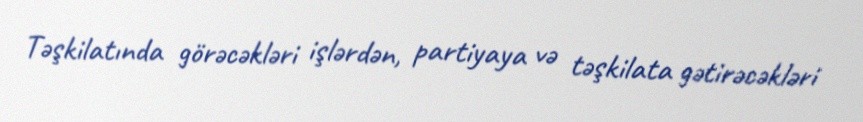
Təşkilatında görəcəkləri işlərdən, partiyaya və təşkilata gətirəcəkləri